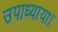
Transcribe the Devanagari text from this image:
उपाध्याया।